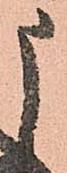
申